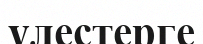
үлестерге